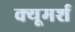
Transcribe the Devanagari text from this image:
क्यूमर्श